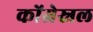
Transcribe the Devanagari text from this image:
कोंग्रेस्नल